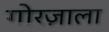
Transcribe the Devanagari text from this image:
गोरज़ाला